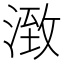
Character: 㴛